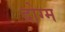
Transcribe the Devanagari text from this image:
दोग्म